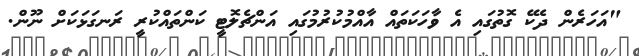
"އަހަރެން ދެކޭ ގޮތުގައި އެ ވާހަކަތައް އާއްމުކުރުމުގައި އަންޗެލޮޓީ ކަންތައްކުރީ ރަނގަޅަކަށް ނޫން.